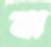
বা